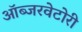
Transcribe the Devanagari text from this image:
ऑब्जरवेटोरी